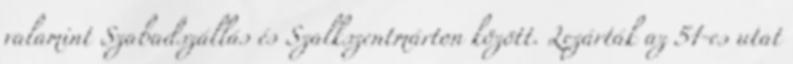
valamint Szabadszállás és Szalkszentmárton között. Lezárták az 51-es utat